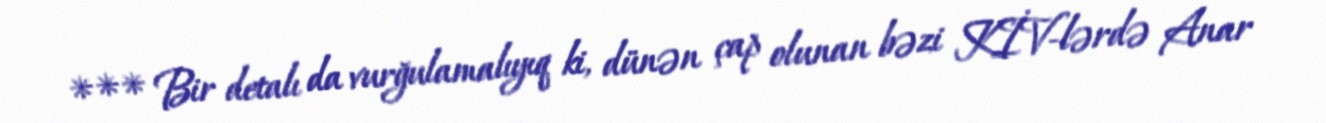
*** Bir detalı da vurğulamalıyıq ki, dünən çap olunan bəzi KİV-lərdə Anar